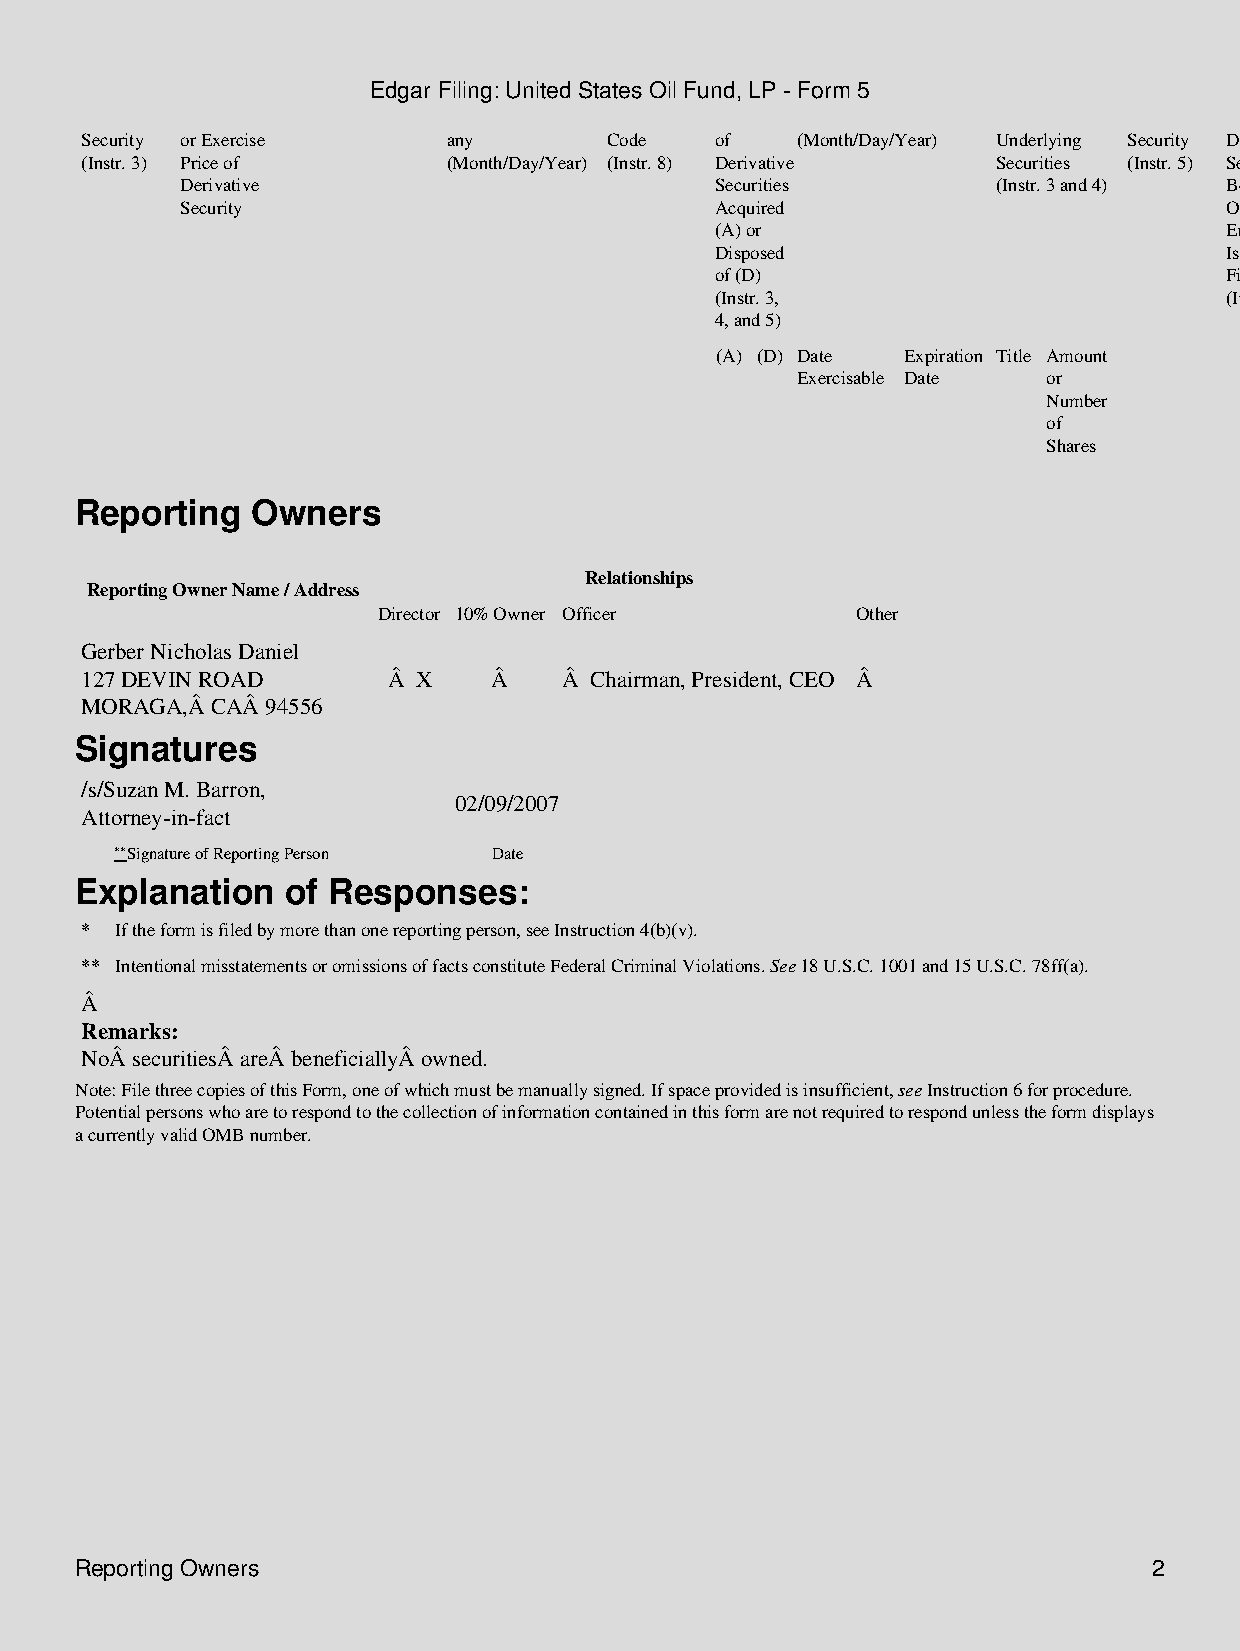
Edgar Filing: United States Oil Fund, LP - Form 5
 Security or Exercise     any       Code   of    (Month/Day/Year) Underlying Security Derivative Form of Beneficial
 (Instr. 3) Price of      (Month/Day/Year) (Instr. 8) Derivative Securities (Instr. 5) Securities Derivative Ownership
 Derivative                         Securities         (Instr. 3 and 4) Beneficially Security: (Instr. 4)
 Security                           Acquired                          Owned at Direct (D)
 (A) or                            End of  or Indirect
 Disposed                          Issuer's (I)
 of (D)                            Fiscal Year (Instr. 4)
 (Instr. 3,                        (Instr. 4)
 4, and 5)
 (A) (D) Date Expiration Title Amount
 Exercisable Date or
 Number
 of
 Shares
 Reporting   Owners
 Relationships
 Reporting Owner Name / Address
 Director 10% Owner Officer      Other
 Gerber Nicholas Daniel
 127 DEVIN ROAD       Â X    Â   Â Chairman, President, CEO Â
 MORAGA,Â CAÂ 94556
 Signatures
 /s/Suzan M. Barron,
 02/09/2007
 Attorney-in-fact
 **Signature of Reporting Person Date
 Explanation   of Responses:
 *  If the form is filed by more than one reporting person, see Instruction 4(b)(v).
 ** Intentional misstatements or omissions of facts constitute Federal Criminal Violations. See 18 U.S.C. 1001 and 15 U.S.C. 78ff(a).
 Â
 Remarks:
 NoÂ securitiesÂ areÂ beneficiallyÂ owned.
 Note: File three copies of this Form, one of which must be manually signed. If space provided is insufficient, see Instruction 6 for procedure.
 Potential persons who are to respond to the collection of information contained in this form are not required to respond unless the form displays
 a currently valid OMB number.
 Reporting Owners                                                       2